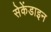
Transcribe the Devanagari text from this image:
सेकेंडाइन